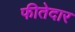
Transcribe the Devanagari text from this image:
फीतेदार